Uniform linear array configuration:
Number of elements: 8
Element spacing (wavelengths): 1
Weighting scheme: cosine
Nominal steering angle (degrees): -15
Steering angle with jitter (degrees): -13.62
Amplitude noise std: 0.05
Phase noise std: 0.05

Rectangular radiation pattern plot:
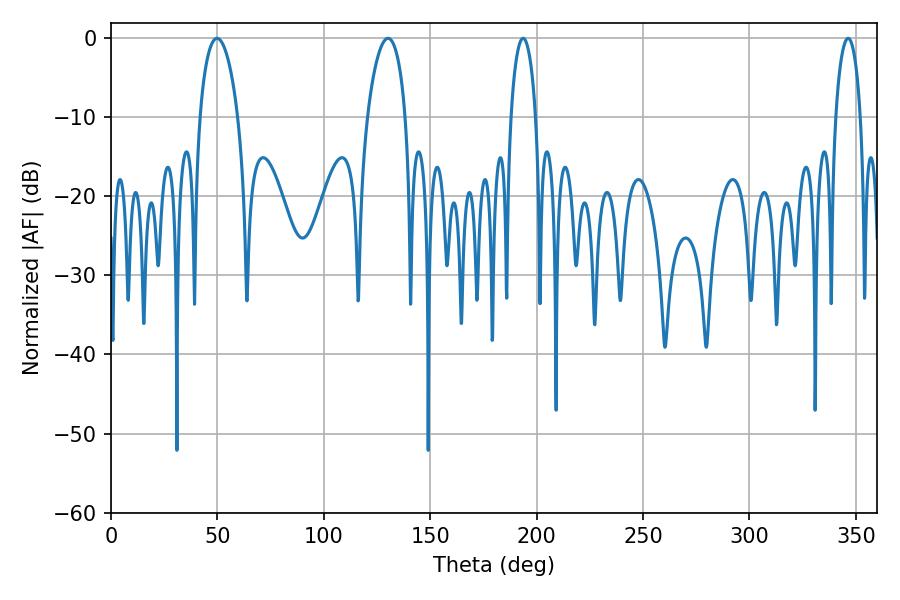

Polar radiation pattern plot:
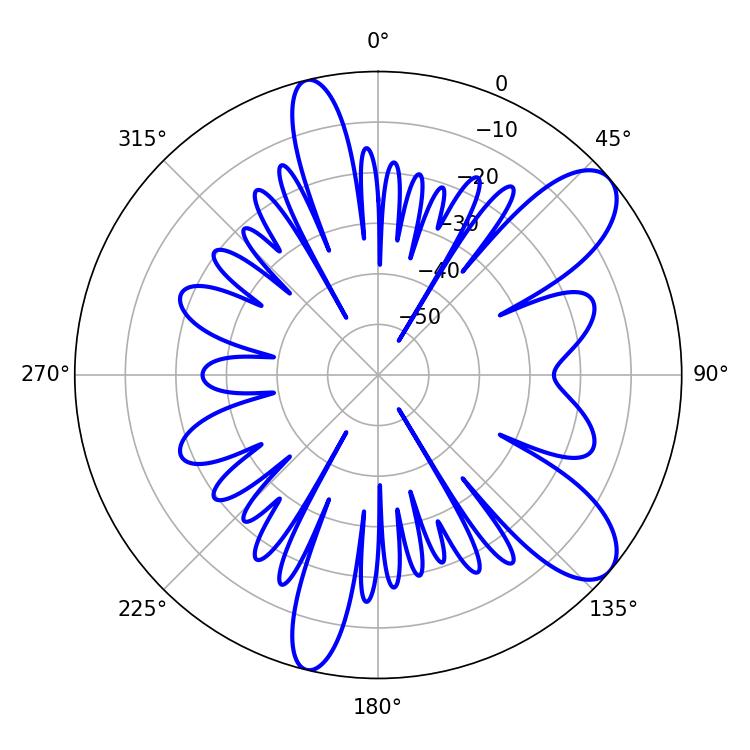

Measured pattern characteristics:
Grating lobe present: TRUE
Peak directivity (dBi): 9.332
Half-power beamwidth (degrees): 10.26
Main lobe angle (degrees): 49.86